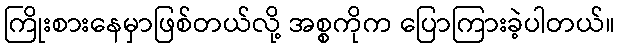
ကြိုးစားနေမှာဖြစ်တယ်လို့ အစ္စကိုက ပြောကြားခဲ့ပါတယ်။